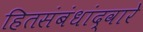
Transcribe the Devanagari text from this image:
हितसंबंधांद्वारे